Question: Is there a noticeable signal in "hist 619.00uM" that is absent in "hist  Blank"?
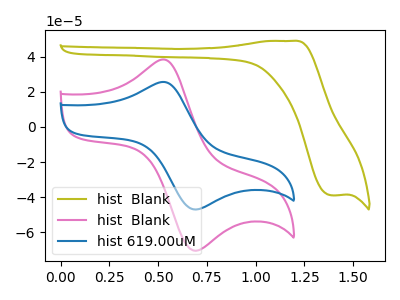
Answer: <think>The olive curve "hist  Blank" has an anodic peak at (1.20V, 48.90uA) and a cathodic peak at (1.40V, -38.90uA). The pink curve "hist  Blank" has an anodic peak at (0.55V, 38.25uA) and a cathodic peak at (0.70V, -70.40uA). The blue curve "hist 619.00uM" has an anodic peak at (0.55V, 25.50uA) and a cathodic peak at (0.70V, -46.95uA).
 All the peaks in "hist 619.00uM" have a peak in "hist  Blank" at the same potential. Every peak in "hist 619.00uM" is lower than every peak in "hist  Blank".</think>
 <answer>No, "hist 619.00uM" and "hist  Blank" don't appear to be significantly different in shape</answer>
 <eval>no_change</eval>